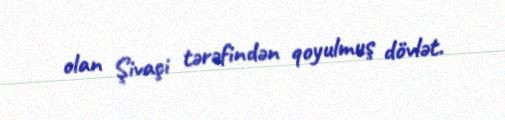
olan Şivaçi tərəfindən qoyulmuş dövlət.